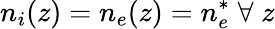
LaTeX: n_{i}(z)=n_{e}(z)=n_{e}^{*}\; \forall\; z